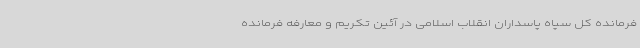
فرمانده کل سپاه پاسداران انقلاب اسلامی در آئین تکریم و معارفه فرمانده